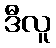
ဒီလူ